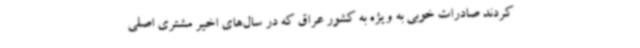
کردند صادرات خوبی به ویژه به کشور عراق که در سال‌های اخیر مشتری اصلی